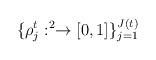
LaTeX: \begin{align*}\{\rho_j^t:\real^2\to [0,1]\}_{j=1}^{J(t)}\end{align*}